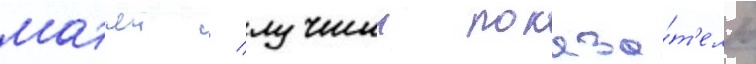
матчеи / лучшии показа́т'ель